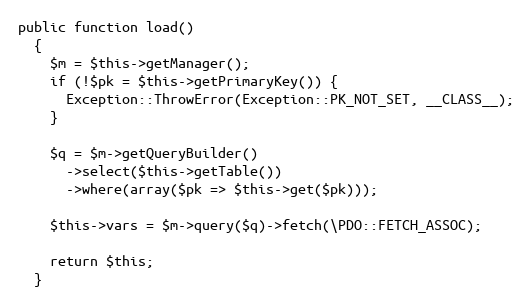
Language: PHP
public function load()
  {
    $m = $this->getManager();
    if (!$pk = $this->getPrimaryKey()) {
      Exception::ThrowError(Exception::PK_NOT_SET, __CLASS__);
    }

    $q = $m->getQueryBuilder()
      ->select($this->getTable())
      ->where(array($pk => $this->get($pk)));

    $this->vars = $m->query($q)->fetch(\PDO::FETCH_ASSOC);

    return $this;
  }